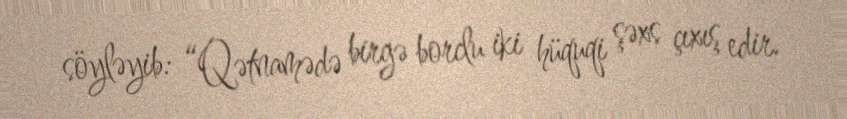
söyləyib: “Qətnamədə birgə borclu iki hüquqi şəxs çıxış edir.